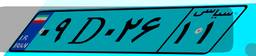
۴۵D۶۶۶۸۰